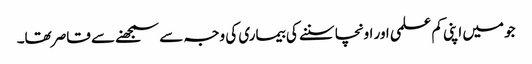
جو میں اپنی کم علمی اور اونچا سننے کی بیماری کی وجہ سے سمجھنے سے قاصر تھا۔